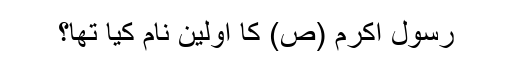
رسول اکرم (ص) کا اولین نام کیا تھا؟